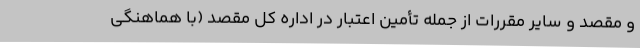
و مقصد و سایر مقررات از جمله تأمین اعتبار در اداره کل مقصد (با هماهنگی